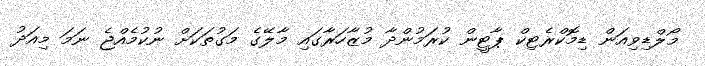
މޯލްޑިވިއަން ޑިމޮކްރެޓިކް ޕާޓީން ކުރަމުންދާ މުޒާހަރާގައި މާލޭގެ މަގުތަކަށް ނުކުމެއްޖެ ނަމަ މިއަދު